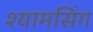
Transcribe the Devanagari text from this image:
श्यामसिंग